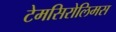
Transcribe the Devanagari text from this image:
टेमसिरोलिमस